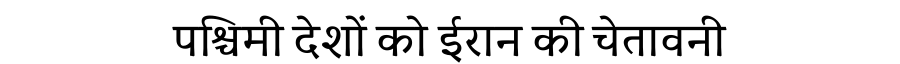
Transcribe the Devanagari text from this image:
पश्चिमी देशों को ईरान की चेतावनी